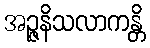
အဉ္ဇနိသလာကန္တိ